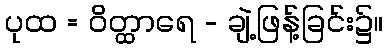
ပုထ = ဝိတ္ထာရေ - ချဲ့ဖြန့်ခြင်း၌။